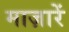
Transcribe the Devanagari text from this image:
माज़ारें